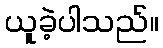
ယူခဲ့ပါသည်။